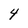
Character: 4